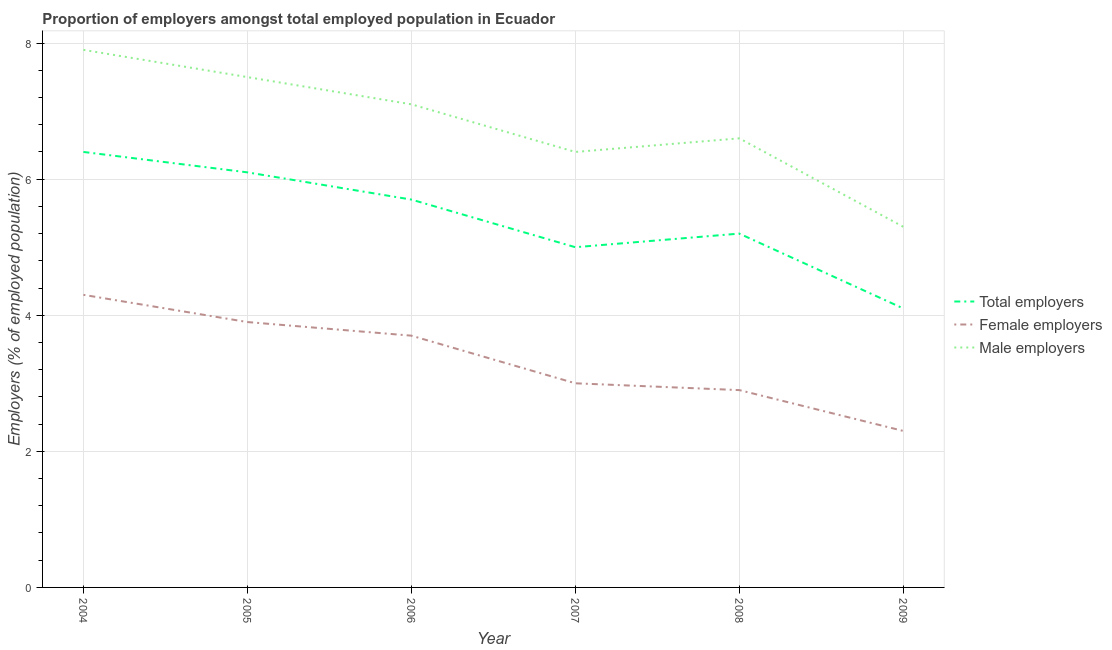
| Year | Total employers | Female employers | Male employers |
 | --- | --- | --- | --- |
 | 2004 | 6.4 | 4.3 | 7.9 |
 | 2005 | 6.1 | 3.9 | 7.5 |
 | 2006 | 5.7 | 3.7 | 7.1 |
 | 2007 | 5 | 3 | 6.4 |
 | 2008 | 5.2 | 2.9 | 6.6 |
 | 2009 | 4.1 | 2.3 | 5.3 |